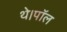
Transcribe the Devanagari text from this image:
थे।पॉल